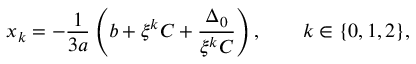
x _ { k } = - { \frac { 1 } { 3 a } } \left( b + \xi ^ { k } C + { \frac { \Delta _ { 0 } } { \xi ^ { k } C } } \right) , \qquad k \in \{ 0 , 1 , 2 \} { \mathrm { , } }